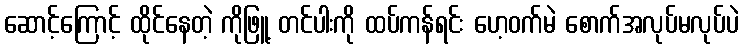
ဆောင့်ကြောင့် ထိုင်နေတဲ့ ကိုဖြူ့ တင်ပါးကို ထပ်ကန်ရင်း ဟေ့ဝက်မဲ စောက်အလုပ်မလုပ်ပဲ